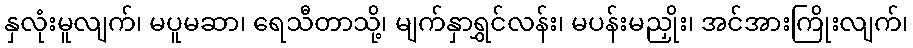
နှလုံးမူလျက်၊ မပူမဆာ၊ ရေသီတာသို့၊ မျက်နှာရွှင်လန်း၊ မပန်းမညှိုး၊ အင်အားကြိုးလျက်၊